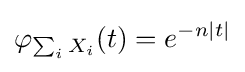
\varphi _{\sum _{i}X_{i}}(t)=e^{-n|t|}